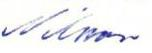
Nilsson